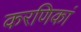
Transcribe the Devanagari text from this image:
करणिकां